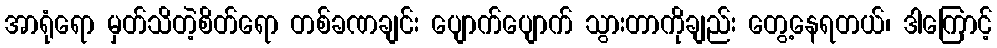
အာရုံရော မှတ်သိတဲ့စိတ်ရော တစ်ခဏချင်း ပျောက်ပျောက် သွားတာကိုချည်း တွေ့နေရတယ်၊ ဒါကြောင့်